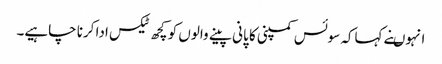
انہوںنے کہاکہ سوئس کمپنی کا پانی پینے والوں کو کچھ ٹیکس ادا کرنا چاہیے۔